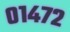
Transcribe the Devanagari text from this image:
०१४७२